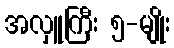
အလှူကြီး ၅-မျိုး